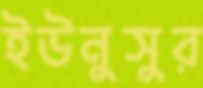
ইউনুসুর